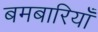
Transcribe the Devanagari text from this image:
बमबारियाँ